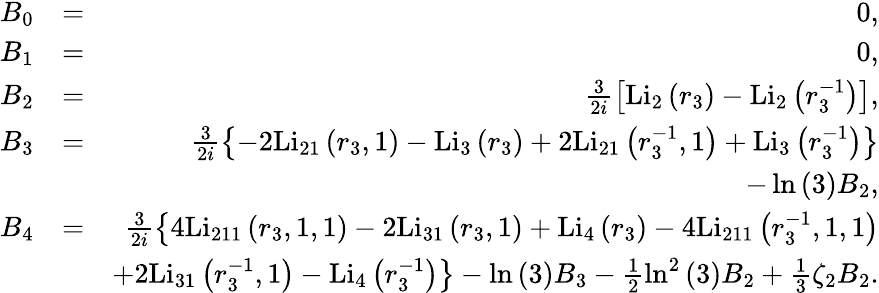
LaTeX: \begin{array}{rlr}{B_{0}}&{=}&{0,}\\ {B_{1}}&{=}&{0,}\\ {B_{2}}&{=}&{\frac{3}{2i}\left[\mathrm{Li}_{2}\left(r_{3}\right)-\mathrm{Li}_{2}\left(r_{3}^{-1}\right)\right],}\\ {B_{3}}&{=}&{\frac{3}{2i}\left\{ -2\mathrm{Li}_{21}\left(r_{3},1\right)-\mathrm{Li}_{3}\left(r_{3}\right)+2\mathrm{Li}_{21}\left(r_{3}^{-1},1\right)+\mathrm{Li}_{3}\left(r_{3}^{-1}\right)\right\} }\\ &{}&{-\ln\left(3\right)B_{2},}\\ {B_{4}}&{=}&{\frac{3}{2i}\left\{ 4\mathrm{Li}_{211}\left(r_{3},1,1\right)-2\mathrm{Li}_{31}\left(r_{3},1\right)+\mathrm{Li}_{4}\left(r_{3}\right)-4\mathrm{Li}_{211}\left(r_{3}^{-1},1,1\right)\right.}\\ &{}&{\left.+2\mathrm{Li}_{31}\left(r_{3}^{-1},1\right)-\mathrm{Li}_{4}\left(r_{3}^{-1}\right)\right\} -\ln\left(3\right)B_{3}-\frac{1}{2}\ln^{2}\left(3\right)B_{2}+\frac{1}{3}\zeta_{2}B_{2}.}\end{array}